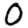
Digit: 0